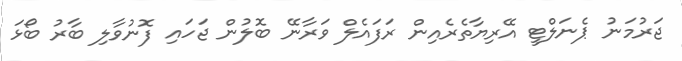
ޖަރުމަނު ޕެނަލްޓީ އޭރިޔާތެރެއިން ރަފައެލް ވަރާނޭ ބޮލުން ޖަހައި ފޮނުވާލި ބާރު ބޯޅަ